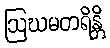
ဩဃမတရိန္တိ